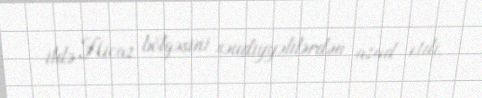
ildə Hicaz bölgəsini səudiyyəlilərdən azad etdi.